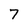
Character: 7